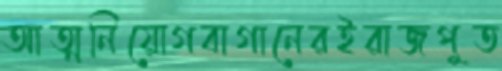
আত্মনিয়োগবাগানেরইরাজপুত